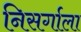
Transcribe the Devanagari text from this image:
निसर्गाला